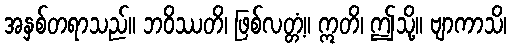
အနှစ်တရာသည်။ ဘဝိဿတိ၊ ဖြစ်လတ္တံ့။ ဣတိ၊ ဤသို့။ ဗျာကာသိ၊